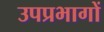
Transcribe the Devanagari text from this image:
उपप्रभागों